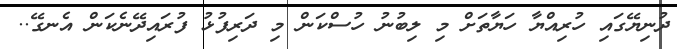
ދުނިޔޭގައި ހުރިއްޔާ ހަޔާތަށް މި ލިބުނު ހުސްކަން މި ދަރިފުޅު ފުރައިދޭނެކަން އެނގޭ..